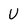
Character: U